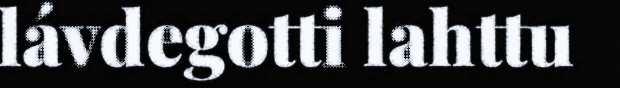
lávdegotti lahttu